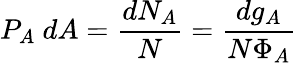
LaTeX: P_{A}~dA={\frac{dN_{A}}{N}}={\frac{dg_{A}}{N\Phi_{A}}}